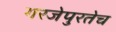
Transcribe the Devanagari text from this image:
गरजेपुरतेच